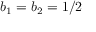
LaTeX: b _ { 1 } = b _ { 2 } = 1 / 2